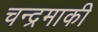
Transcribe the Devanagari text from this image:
चन्द्रमाकी